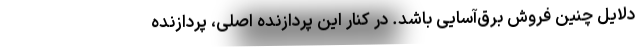
دلایل چنین فروش برق‌آسایی باشد. در کنار این پردازنده اصلی، پردازنده